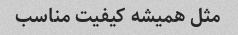
مثل همیشه کیفیت مناسب